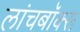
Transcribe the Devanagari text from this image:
लांचबॉक्स